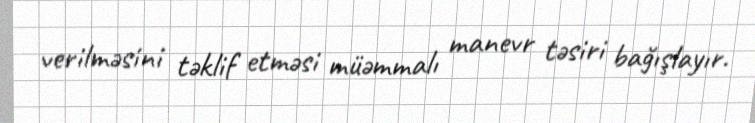
verilməsini təklif etməsi müəmmalı manevr təsiri bağışlayır.